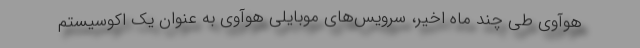
هوآوی طی چند ماه اخیر، سرویس‌های موبایلی هوآوی به عنوان یک اکوسیستم